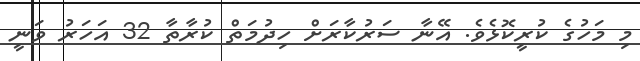
މި މަހުގެ ކުރީކޮޅެވެ. އޭނާ ސަރުކާރަށް ހިދުމަތް ކުރާތާ 32 އަހަރު ވަނީ